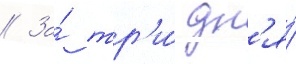
// За́ тр'и́ дн'я́